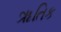
ૠતિક